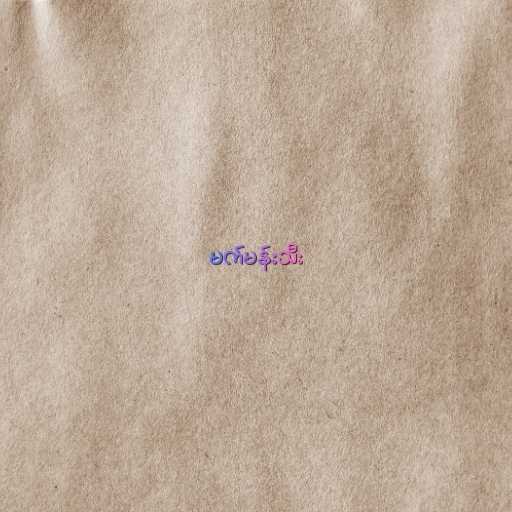
မက်မန်းသီး